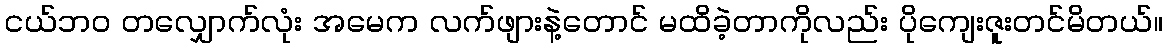
ငယ်ဘ၀ တလျှောက်လုံး အမေက လက်ဖျားနဲ့တောင် မထိခဲ့တာကိုလည်း ပိုကျေးဇူးတင်မိတယ်။